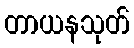
တာယနသုတ်